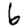
Digit: 6